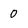
Character: 0